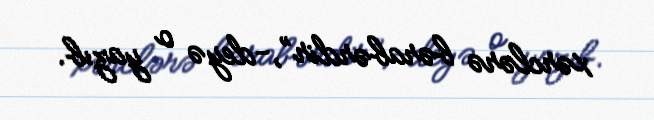
xərclərə bərabərdir”,-deyə o yazıb.